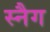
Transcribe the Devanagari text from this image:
स्नैग